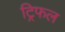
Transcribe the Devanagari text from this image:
ट्रिफल